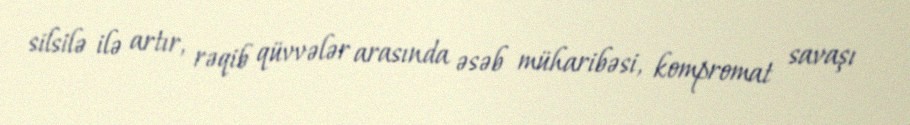
silsilə ilə artır, rəqib qüvvələr arasında əsəb müharibəsi, kompromat savaşı